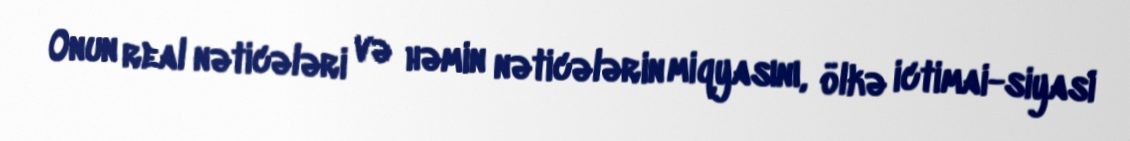
Onun real nəticələri və həmin nəticələrin miqyasını, ölkə ictimai-siyasi